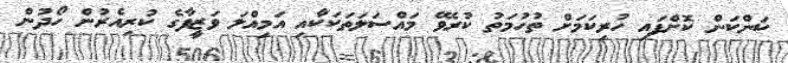
ކަންކަން ކޮށްފައި ހުރިކަމަށް ތުހުމަތު ކުރެވޭ މައްސަލަތަކަކާއި އަމިއްލަ ވަޒީފާގެ ކުރިއެރުން ހޯދުން